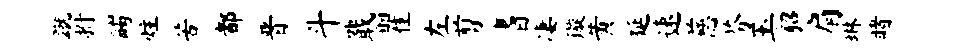
蹴拊蠲炷苦都晋斗戢瞿左剪耆凄璇黄延速慈芬玉貂肩琳睹